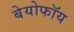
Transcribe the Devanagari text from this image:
बेयोफॉय